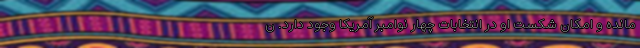
مانده و امکان شکست او در انتخابات چهار نوامبر آمریکا وجود دارد. ن